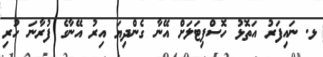
ޅ. ނައިފަރު އަތޮޅު ހޮސްޕިޓަލަށް އޭނާ ގެންދިޔަ އިރު އޭނާގެ ފުރާނަ ހުރި